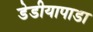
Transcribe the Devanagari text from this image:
डेडीयापाडा